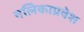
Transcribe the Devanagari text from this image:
नलिकाप्रवेश